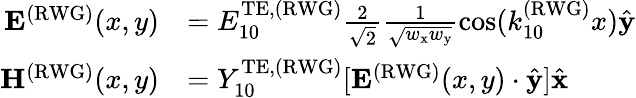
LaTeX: \begin{array}{rl}{\mathbf{E}^{\mathrm{(RWG)}}(x,y)}&{=E_{10}^{\mathrm{TE},\mathrm{(RWG)}}\frac{2}{\sqrt{2}}\frac{1}{\sqrt{w_{\mathrm{x}}w_{\mathrm{y}}}}\cos(k_{10}^{\mathrm{(RWG)}}x)\hat{\mathbf{y}}}\\ {\mathbf{H}^{\mathrm{(RWG)}}(x,y)}&{=Y_{10}^{\mathrm{TE},\mathrm{(RWG)}}[\mathbf{E}^{\mathrm{(RWG)}}(x,y)\cdot\hat{\mathbf{y}}]\hat{\mathbf{x}}}\end{array}